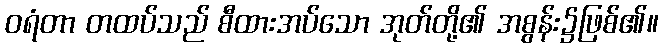
ဝရံတာ တထပ်သည် စီထားအပ်သော အုတ်တို့၏ အစွန်း၌ဖြစ်၏။